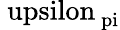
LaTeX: \mathrm{\ upsilon_{\ pi}}